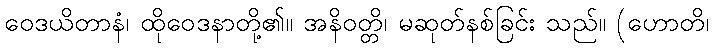
ဝေဒယိတာနံ၊ ထိုဝေဒနာတို့၏။ အနိဝတ္တိ၊ မဆုတ်နစ်ခြင်း သည်။ (ဟောတိ၊